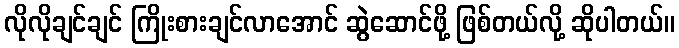
လိုလိုချင်ချင် ကြိုးစားချင်လာအောင် ဆွဲဆောင်ဖို့ ဖြစ်တယ်လို့ ဆိုပါတယ်။